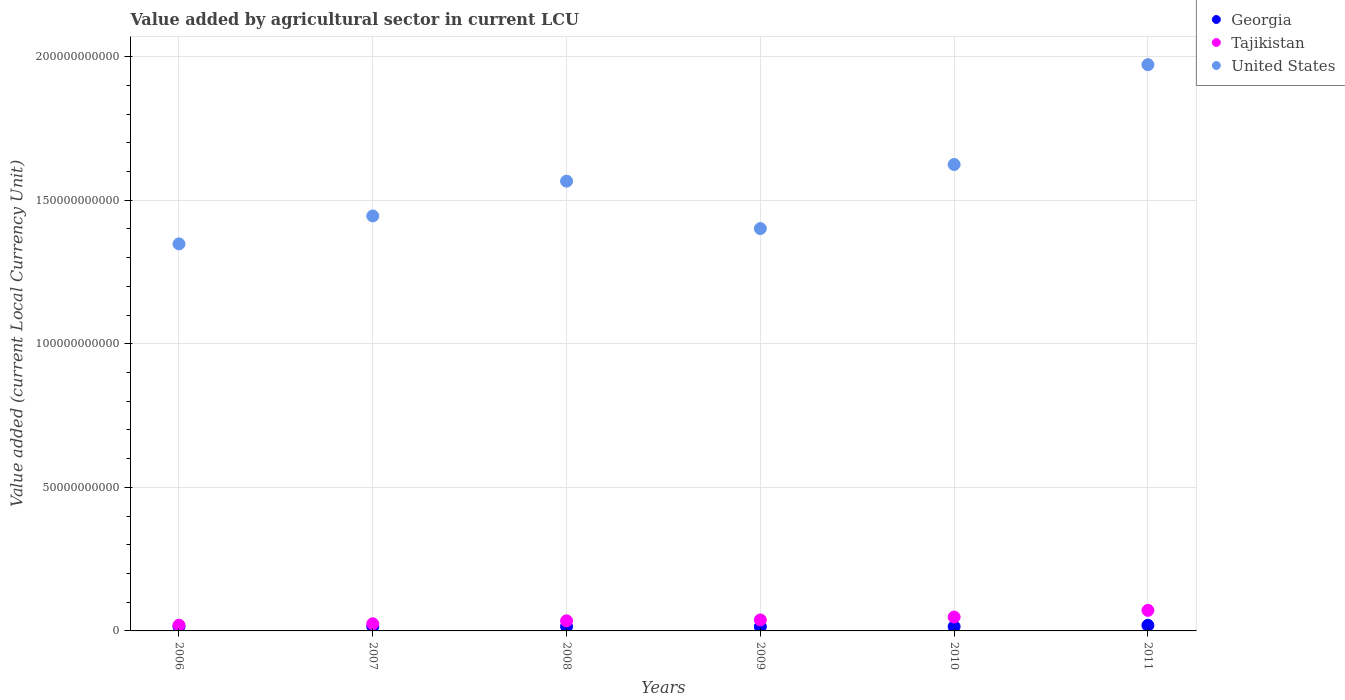
| Years | Georgia | Tajikistan | United States |
 | --- | --- | --- | --- |
 | 2006 | 1.54e+09 | 2e+09 | 1.35e+11 |
 | 2007 | 1.56e+09 | 2.49e+09 | 1.45e+11 |
 | 2008 | 1.55e+09 | 3.52e+09 | 1.57e+11 |
 | 2009 | 1.46e+09 | 3.83e+09 | 1.4e+11 |
 | 2010 | 1.51e+09 | 4.84e+09 | 1.62e+11 |
 | 2011 | 1.95e+09 | 7.17e+09 | 1.97e+11 |